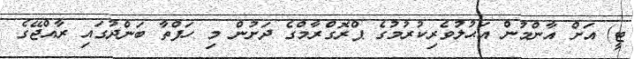
ޓީ) އަށް އާންމުން އަޙުލުވެރިކުރުމުގެ ޕްރޮގްރާމްގެ ދަަށުން މި ހަފްތާ ބަންދުގައި ރާއްޖޭގެ